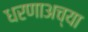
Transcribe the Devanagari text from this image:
धरणाअच्या